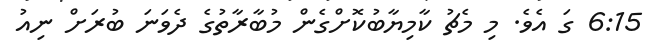
6:15 ގަ އެވެ. މި މެޗު ކާމިޔާބުކޮށްގެން މުބާރާތުގެ ދެވަނަ ބުރަށް ނިއު